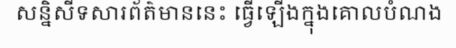
សន្និសីទសារព័ត៌មាននេះ ធ្វើឡើងក្នុងគោលបំណង